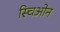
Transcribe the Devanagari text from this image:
स्चिओन